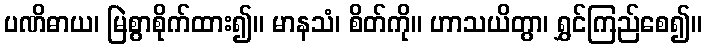
ပဏိဓာယ၊ မြဲစွာစိုက်ထား၍။ မာနသံ၊ စိတ်ကို။ ဟာသယိတွာ၊ ရွှင်ကြည်စေ၍။